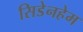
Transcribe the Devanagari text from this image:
सिडेनहेम